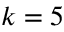
k = 5